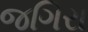
જગિરા